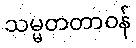
သမ္မတတာဝန်